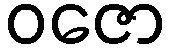
ဝဇော